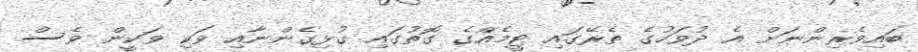
ބައިވެރިންނަށް އެ ދުވަހުގެ ތެރޭގައި ޓީމެއްގެ ގޮތުގައި ގުޅިގެންނާއި ވަކި ވަކީން ވެސް